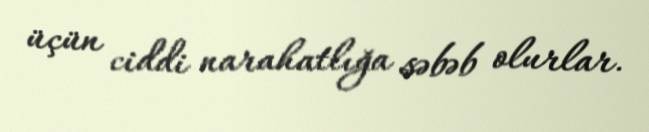
üçün ciddi narahatlığa səbəb olurlar.